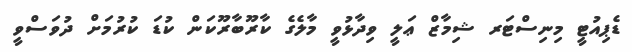
ޑެޕިއުޓީ މިނިސްޓަރ ޝިމާޒް ޢަލީ ވިދާޅުވީ މާލެގެ ކާރޫބާރޫކަން ކުޑަ ކުރުމަށް ދުވަސްވީ